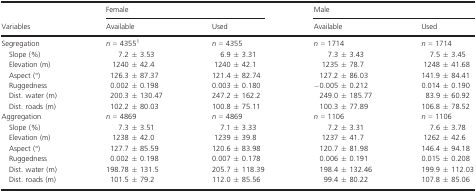
|  | <COLSPAN=2> Female | <COLSPAN=2> Male |
 | Variables | Available | Used | Available | Used |
 | --- | --- | --- | --- | --- |
 | Segregation | n = 43551 | n = 4355 | n = 1714 | n = 1714 |
 | Slope (%) | 7.2 ± 3.53 | 6.9 ± 3.31 | 7.3 ± 3.43 | 7.5 ± 3.45 |
 | Elevation (m) | 1240 ± 42.4 | 1240 ± 42.1 | 1235 ± 78.7 | 1248 ± 41.68 |
 | Aspect (°) | 126.3 ± 87.37 | 121.4 ± 82.74 | 127.2 ± 86.03 | 141.9 ± 84.41 |
 | Ruggedness | 0.002 ± 0.198 | 0.003 ± 0.180 | −0.005 ± 0.212 | 0.014 ± 0.190 |
 | Dist. water (m) | 200.3 ± 130.47 | 247.2 ± 162.2 | 249.0 ± 185.77 | 83.9 ± 60.92 |
 | Dist. roads (m) | 102.2 ± 80.03 | 100.8 ± 75.11 | 100.3 ± 77.89 | 106.8 ± 78.52 |
 | Aggregation | n = 4869 | n = 4869 | n = 1106 | n = 1106 |
 | Slope (%) | 7.3 ± 3.51 | 7.1 ± 3.33 | 7.2 ± 3.31 | 7.6 ± 3.78 |
 | Elevation (m) | 1238 ± 42.0 | 1239 ± 39.8 | 1237 ± 41.7 | 1262 ± 42.6 |
 | Aspect (°) | 127.7 ± 85.59 | 120.6 ± 83.98 | 120.7 ± 81.98 | 146.4 ± 94.18 |
 | Ruggedness | 0.002 ± 0.198 | 0.007 ± 0.178 | 0.006 ± 0.191 | 0.015 ± 0.208 |
 | Dist. water (m) | 198.78 ± 131.5 | 205.7 ± 118.39 | 198.4 ± 132.46 | 199.9 ± 112.03 |
 | Dist. roads (m) | 101.5 ± 79.2 | 112.0 ± 85.56 | 99.4 ± 80.22 | 107.8 ± 85.06 |